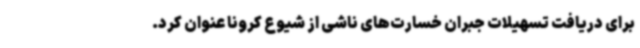
برای دریافت تسهیلات جبران خسارت‌های ناشی از شیوع کرونا عنوان کرد.